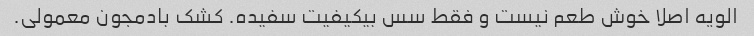
الویه اصلا خوش طعم نیست و فقط سس بیکیفیت سفیده. کشک بادمجون معمولی.